Lunatic asylums United Provinces 1909-1921 - 1909-1921
Year: 1909
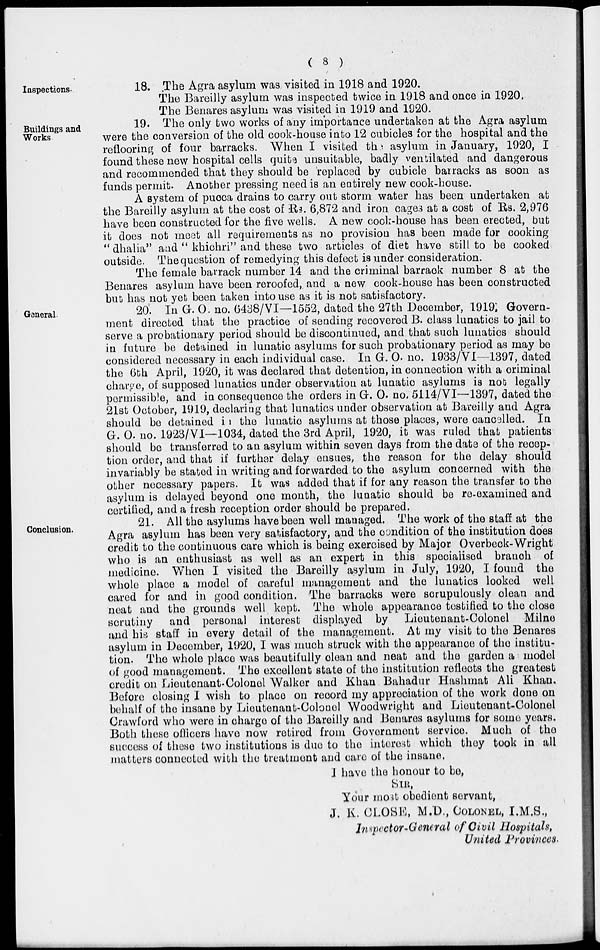
( 8 )
Inspections.
18.—The Agra asylum was visited in 1918 and 1920.
The Bareilly asylum was inspected twice in 1918 and once in 1920.
The Benares asylum was visited in 1919 and 1920.
Buildings and
Works.
19. The only two works of any importance undertaken at the Agra asylum
were the conversion of the old cook-house into 12 cubicles for the hospital and the
reflooring of four barracks. When I visited the. asylum in January, 1920, I
found these new hospital cells quite unsuitable, badly ventilated and dangerous
and recommended that they should be replaced by cubicle barracks as soon as
funds permit. Another pressing need is an entirely new cook-house.
A system of pucca drains to carry out storm water has been undertaken at
the Bareilly asylum at the cost of Rs. 6,872 and iron cages at a cost of Rs. 2,976
have been constructed for the five wells. A new cook-house has been erected, but
it does not meet all requirements as no provision has been made for cooking
"dhalia" and " khichri" and these two articles of diet have still to be cooked
outside. The question of remedying this defect is under consideration.
The female barrack number 14 and the criminal barrack number 8 at the
Benares asylum have been reroofed, and a new cook-house has been constructed
but has not yet been taken into use as it is not satisfactory.
General.
20. In G. O. no. 6438/VI—1552, dated the 27th December, 1919, Govern-
ment directed that the practice of sending recovered B. class lunatics to jail to
serve a probationary period should be discontinued, and that such lunatics should
in future be detained in lunatic asylums for such probationary period as may be
considered necessary in each individual case. In G. O. no. 1933/VI—1397, dated
the 6th April, 1920, it was declared that detention, in connection with a criminal
charge, of supposed lunatics under observation at lunatic asylums is not legally
permissible, and in consequence the orders in G. O. no. 5114/VI—1397, dated the
21st October, 1919, declaring that lunatics under observation at Bareilly and Agra
should be detained in the lunatic asylums at those places, were cancelled. In
G. O. no. 1923/VI—1034, dated the 3rd April, 1920, it was ruled that patients
should be transferred to an asylum within seven days from the date of the recep-
tion order, and that if further delay ensues, the reason for the delay should
invariably be stated in writing and forwarded to the asylum concerned with the
other necessary papers. It was added that if for any reason the transfer to the
asylum is delayed beyond one month, the lunatic should be re-examined and
certified, and a fresh reception order should be prepared.
Conclusion.
21. All the asylums have been well managed. The work of the staff at the
Agra asylum has been very satisfactory, and the condition of the institution does
credit to the continuous care which is being exercised by Major Overbeck-Wright
who is an enthusiast as well as an expert in this specialised branch of
medicine. When I visited the Bareilly asylum in July, 1920, I found the
whole place a model of careful management and the lunatics looked well
cared for and in good condition. The barracks were scrupulously clean and
neat and the grounds well kept. The whole appearance testified to the close
scrutiny and personal interest displayed by Lieutenant-Colonel Milne
and his staff in every detail of the management. At my visit to the Benares
asylum in December, 1920, I was much struck with the appearance of the institu-
tion. The whole place was beautifully clean and neat and the garden a model
of good management. The excellent state of the institution reflects the greatest
credit on Lieutenant.Colonel Walker and Khan Bahadur Hashmat Ali Khan,
Before closing I wish to place on record my appreciation of the work done on
behalf of the insane by Lieutenant-Colonel Woodwright and Lieutenant-Colonel
Crawford who were in charge of the Bareilly and Benares asylums for some years.
Both these officers have now retired from Government service. Much of the
success of these two institutions is due to the interest which they took in all
matters connected with the treatment and care of the insane.
I have the honour to be,
SIR,
Your most obedient servant,
J. K. CLOSE, M.D., COLONEL, I.M.S.,
Inspector-General of Civil Hospitals,
United Provinces.